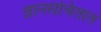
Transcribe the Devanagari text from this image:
ज्ञानसंचितात